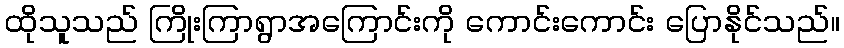
ထိုသူသည် ကြိုးကြာရွာအကြောင်းကို ကောင်းကောင်း ပြောနိုင်သည်။